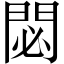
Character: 閟